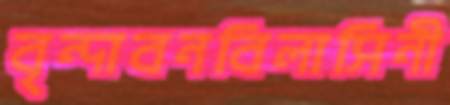
বৃন্দাবনবিলাসিনী